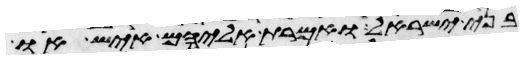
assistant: בני ישראל ואמרת אליהם איש או